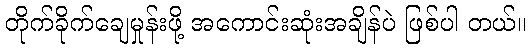
တိုက်ခိုက်ချေမှုန်းဖို့ အကောင်းဆုံးအချိန်ပဲ ဖြစ်ပါ တယ်။